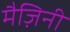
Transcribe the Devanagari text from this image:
मैज़िनी